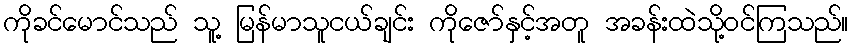
ကိုခင်မောင်သည် သူ့ မြန်မာသူငယ်ချင်း ကိုဇော်နှင့်အတူ အခန်းထဲသို့ဝင်ကြသည်။